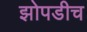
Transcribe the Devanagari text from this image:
झोपडीच